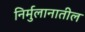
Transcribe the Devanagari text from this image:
निर्मुलानातील